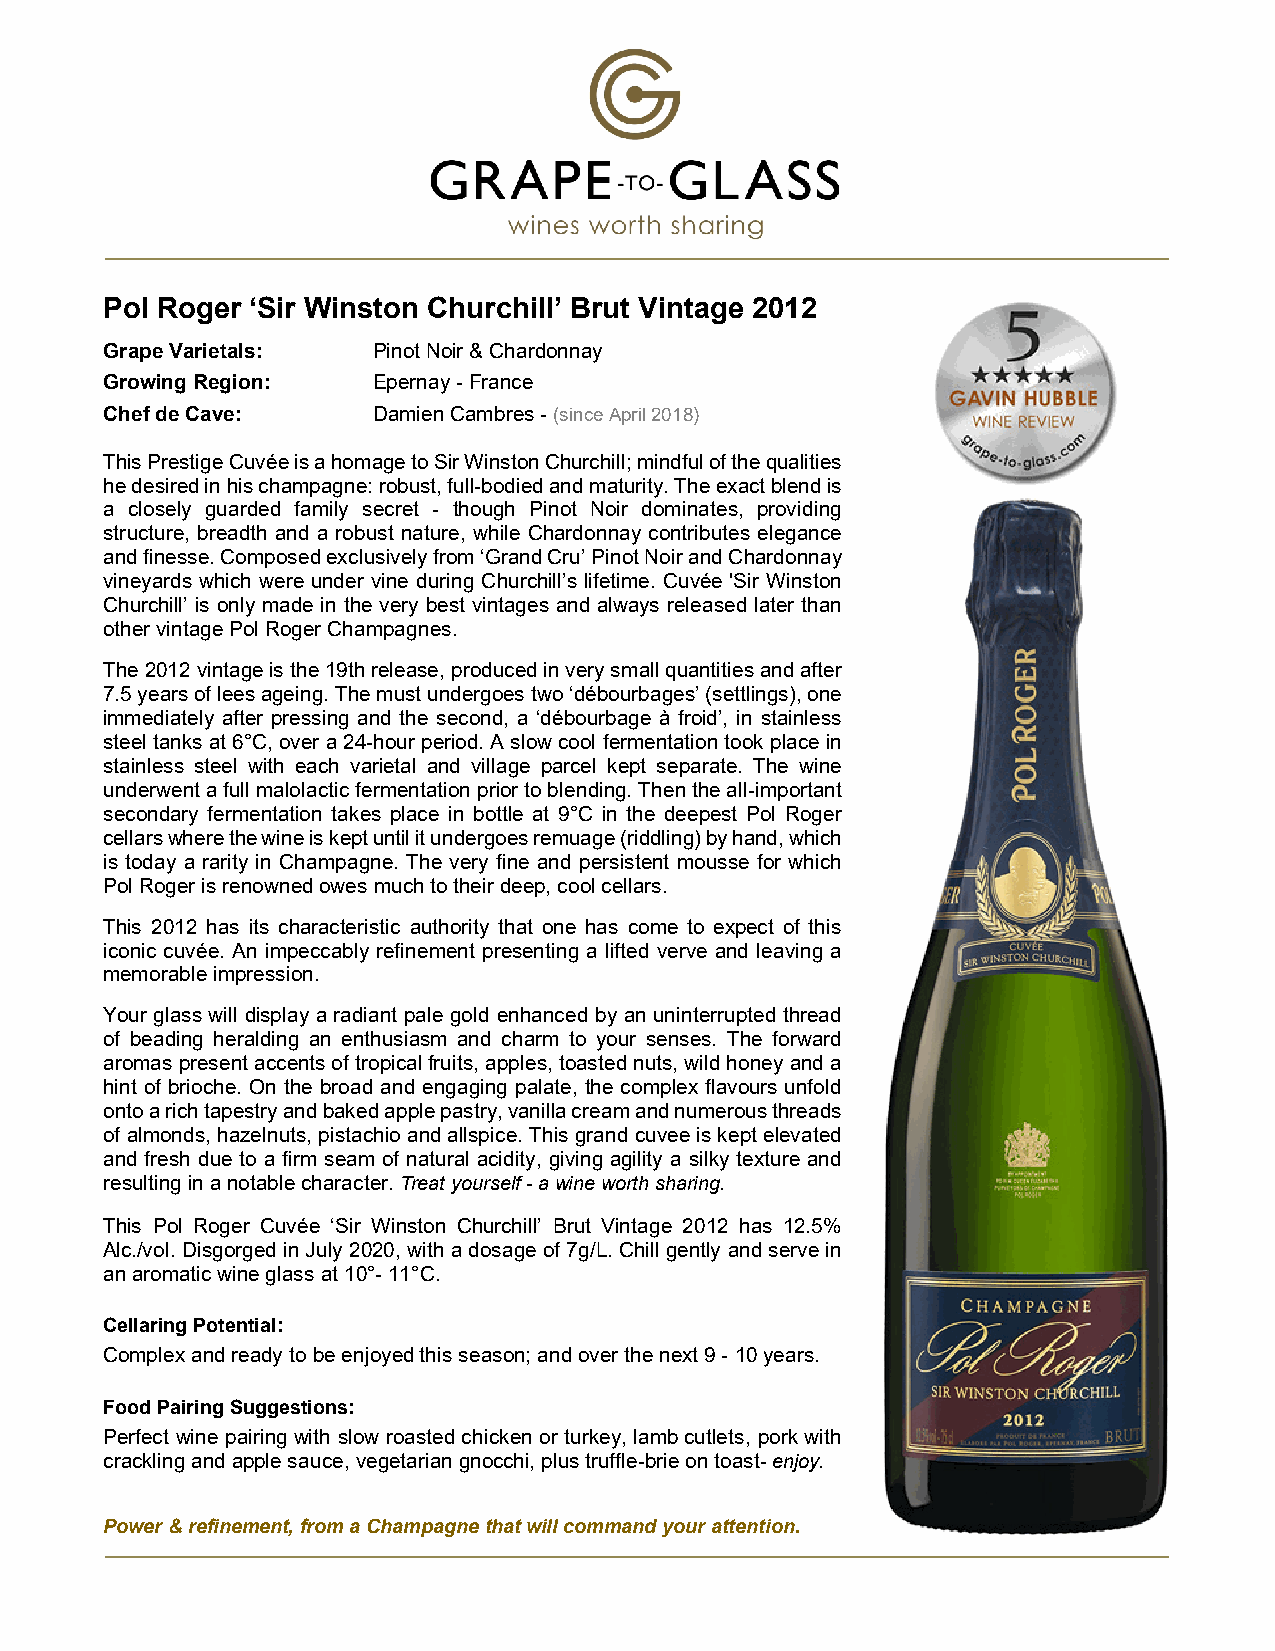
Pol Roger ‘Sir Winston Churchill’ Brut Vintage 2012
 Grape Varietals:  Pinot Noir & Chardonnay
 Growing Region:   Epernay - France
 Chef de Cave:     Damien Cambres - (since April 2018)
 This Prestige Cuvée is a homage to Sir Winston Churchill; mindful of the qualities
 he desired in his champagne: robust, full-bodied and maturity. The exact blend is
 a closely guarded family secret - though Pinot Noir dominates, providing
 structure, breadth and a robust nature, while Chardonnay contributes elegance
 and finesse. Composed exclusively from ‘Grand Cru’ Pinot Noir and Chardonnay
 vineyards which were under vine during Churchill’s lifetime. Cuvée 'Sir Winston
 Churchill’ is only made in the very best vintages and always released later than
 other vintage Pol Roger Champagnes.
 The 2012 vintage is the 19th release, produced in very small quantities and after
 7.5 years of lees ageing. The must undergoes two ‘débourbages’ (settlings), one
 immediately after pressing and the second, a ‘débourbage à froid’, in stainless
 steel tanks at 6°C, over a 24-hour period. A slow cool fermentation took place in
 stainless steel with each varietal and village parcel kept separate. The wine
 underwent a full malolactic fermentation prior to blending. Then the all-important
 secondary fermentation takes place in bottle at 9°C in the deepest Pol Roger
 cellars where the wine is kept until it undergoes remuage (riddling) by hand, which
 is today a rarity in Champagne. The very fine and persistent mousse for which
 Pol Roger is renowned owes much to their deep, cool cellars.
 This 2012 has its characteristic authority that one has come to expect of this
 iconic cuvée. An impeccably refinement presenting a lifted verve and leaving a
 memorable impression.
 Your glass will display a radiant pale gold enhanced by an uninterrupted thread
 of beading heralding an enthusiasm and charm to your senses. The forward
 aromas present accents of tropical fruits, apples, toasted nuts, wild honey and a
 hint of brioche. On the broad and engaging palate, the complex flavours unfold
 onto a rich tapestry and baked apple pastry, vanilla cream and numerous threads
 of almonds, hazelnuts, pistachio and allspice. This grand cuvee is kept elevated
 and fresh due to a firm seam of natural acidity, giving agility a silky texture and
 resulting in a notable character. Treat yourself - a wine worth sharing.
 This Pol Roger Cuvée ‘Sir Winston Churchill’ Brut Vintage 2012 has 12.5%
 Alc./vol. Disgorged in July 2020, with a dosage of 7g/L. Chill gently and serve in
 an aromatic wine glass at 10°- 11°C.
 Cellaring Potential:
 Complex and ready to be enjoyed this season; and over the next 9 - 10 years.
 Food Pairing Suggestions:
 Perfect wine pairing with slow roasted chicken or turkey, lamb cutlets, pork with
 crackling and apple sauce, vegetarian gnocchi, plus truffle-brie on toast- enjoy.
 Power & refinement, from a Champagne that will command your attention.